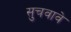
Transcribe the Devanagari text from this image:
सुचवावे